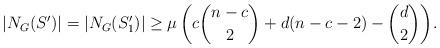
LaTeX: \begin{align*} {\arrowvert N_G{(S')}\arrowvert = \arrowvert N_G{(S_{1}')}\arrowvert \geq \mu \left(c \binom{n-c}{2} +d(n-c-2)- \binom{d}{2}\right)}. \end{align*}